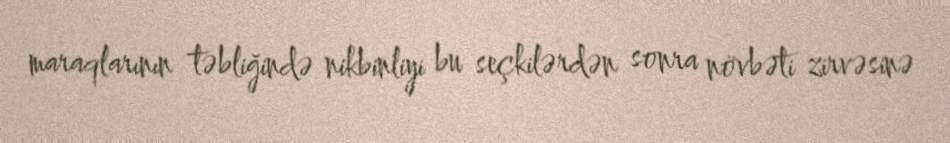
maraqlarının təbliğində nikbinliyi bu seçkilərdən sonra növbəti zirvəsinə